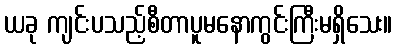
ယခု ကျင်းပသည့်စီတာပူမနောကွင်းကြီးမရှိသေး။